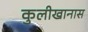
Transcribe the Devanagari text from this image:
कुलीखानास